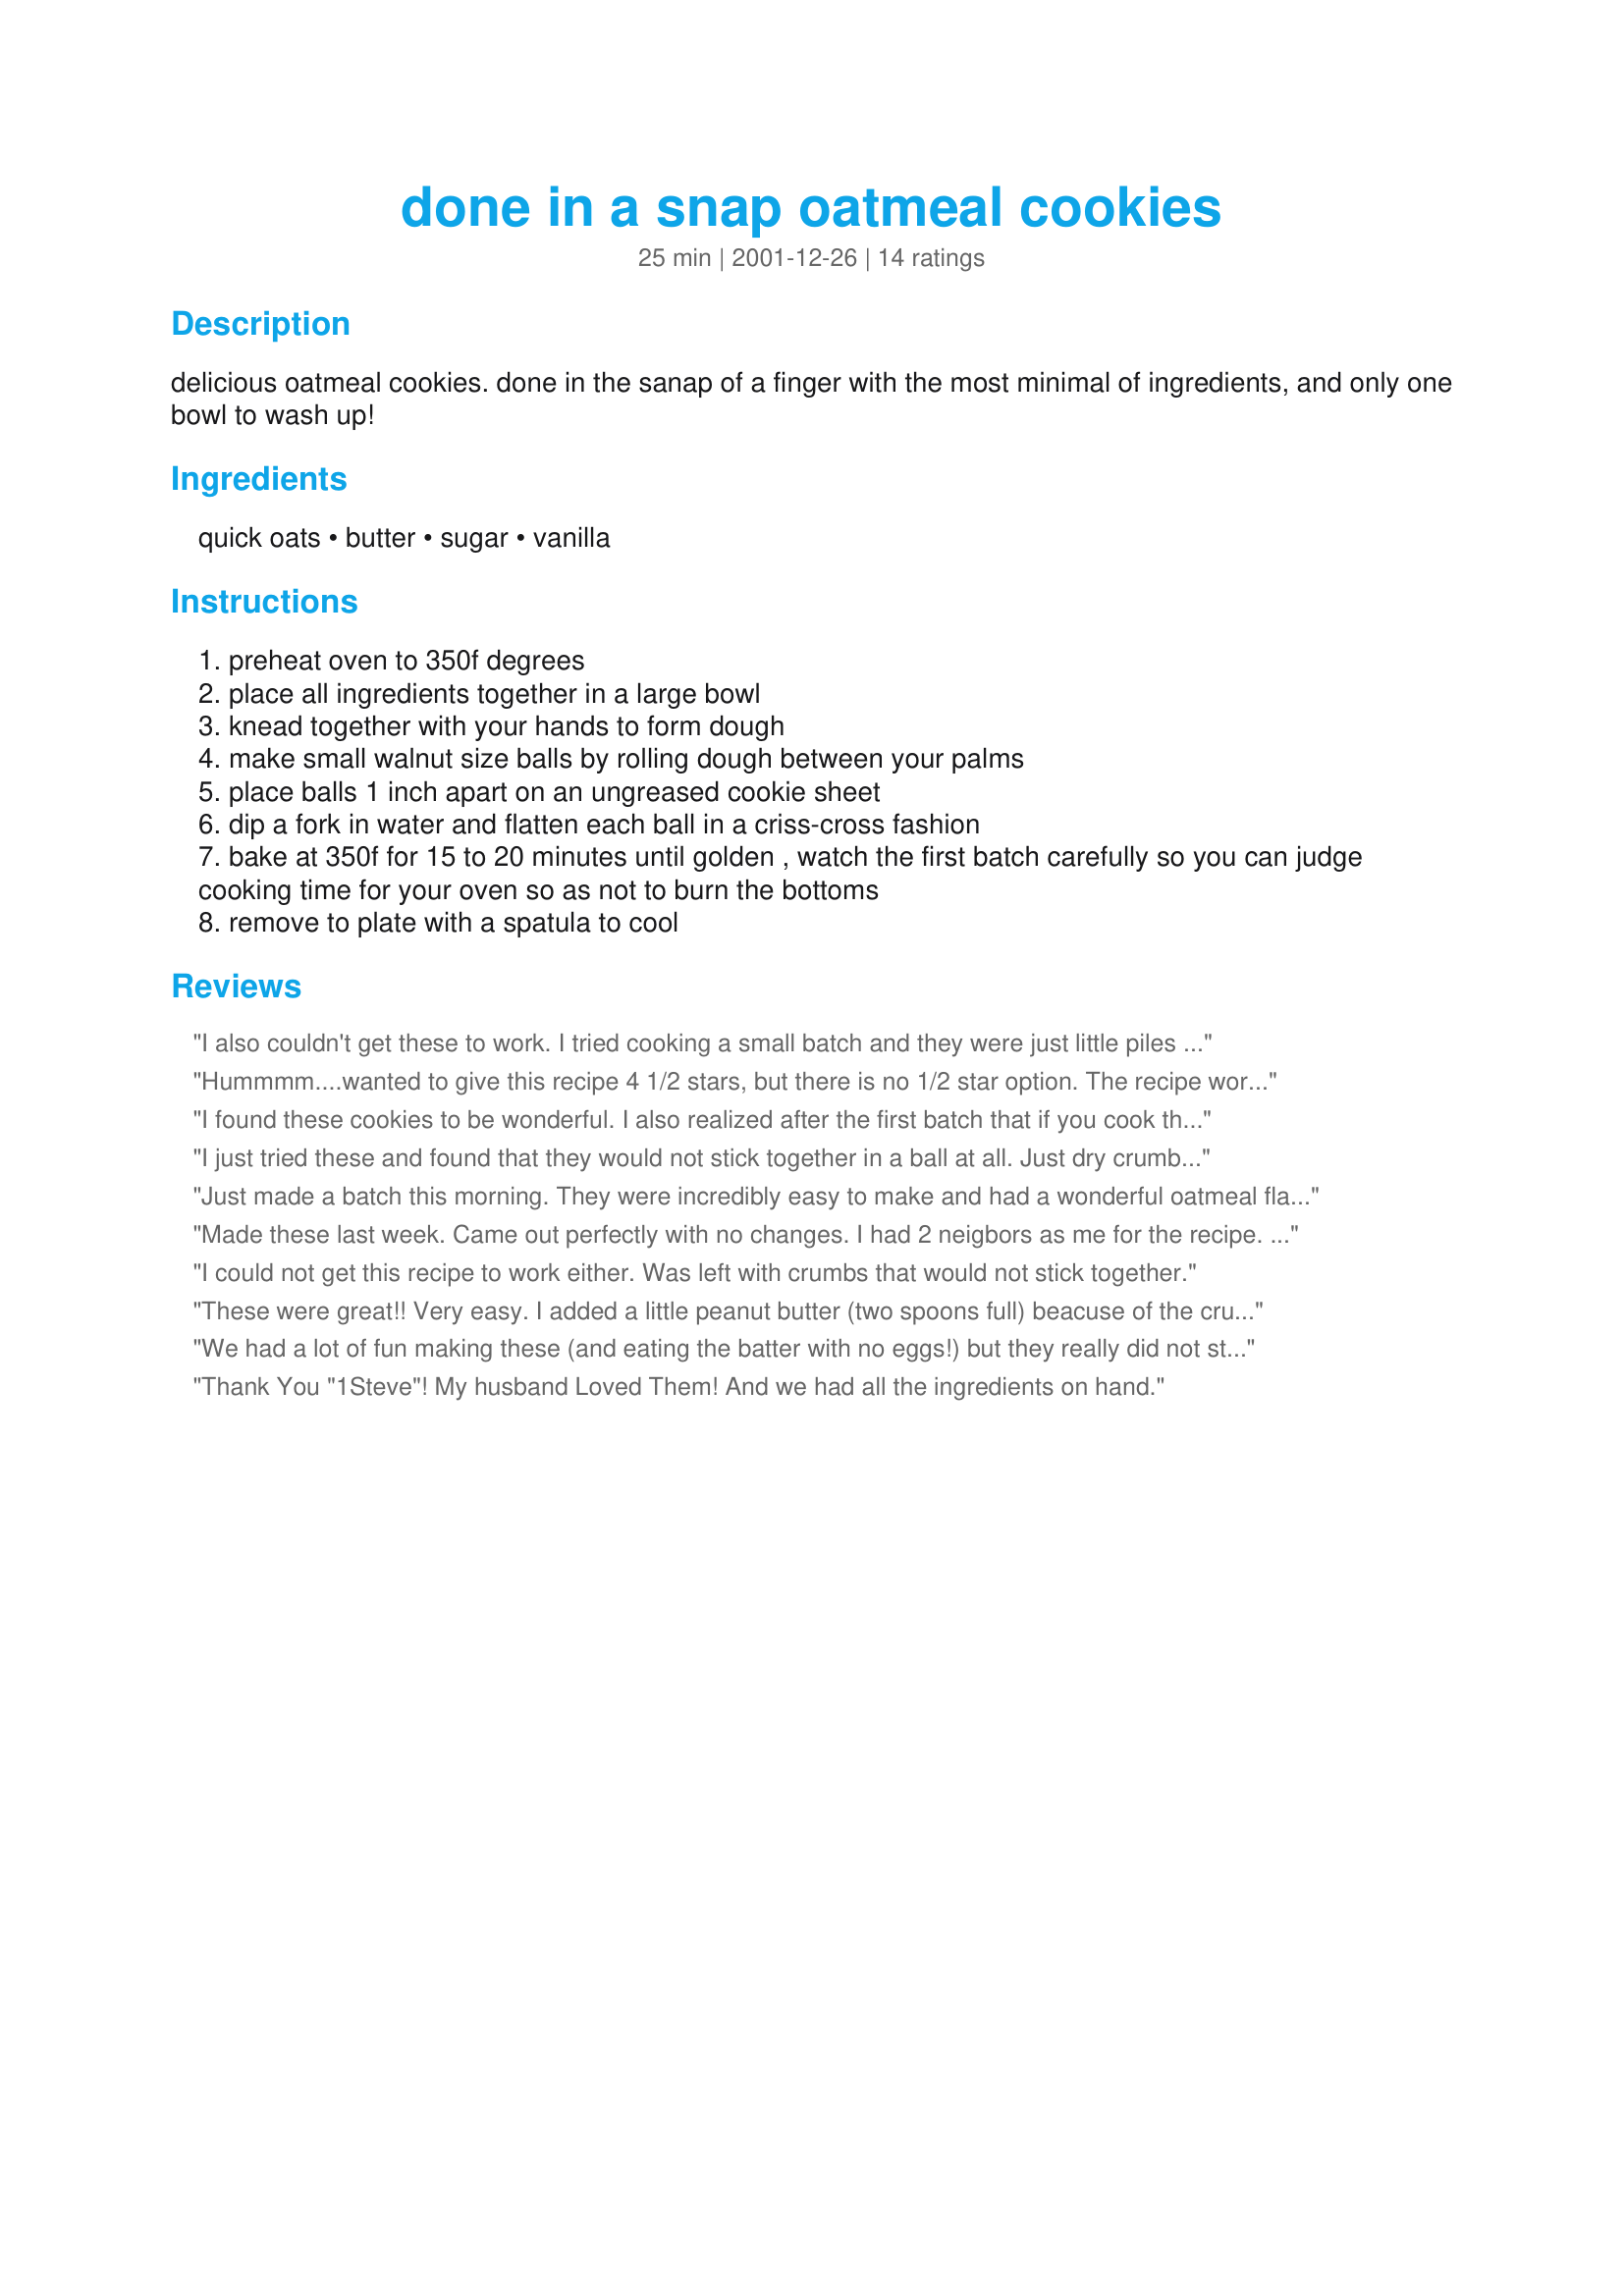
done in a snap oatmeal cookies
Preparation time: 25 minutes

delicious oatmeal cookies. done in the sanap of a finger with the most minimal of ingredients, and only one bowl to wash up!

Ingredients:
quick oats, butter, sugar, vanilla

Steps:
preheat oven to 350f degrees
place all ingredients together in a large bowl
knead together with your hands to form dough
make small walnut size balls by rolling dough between your palms
place balls 1 inch apart on an ungreased cookie sheet
dip a fork in water and flatten each ball in a criss-cross fashion
bake at 350f for 15 to 20 minutes until golden , watch the first batch carefully so you can judge cooking time for your oven so as not to burn the bottoms
remove to plate with a spatula to cool

Reviews:
I also couldn't get these to work. I tried cooking a small batch and they were just little piles of of dry looking mush on the cookie sheet. I played around with it a bit and turned them into oatmeal bars.
Hummmm....wanted to give this recipe 4 1/2 stars, but there is no 1/2 star option.
The recipe worked for me "as is." I used Quaker Quick (1 minute) Oats and Land O Lakes butter (cold from the fridge). My taste testers (DH & DS) preferred the addition of about 3/4 teaspoon of cinnamon and a pinch of nutmeg to the dough, for the flavor that they are accustomed to in an oatmeal cookie. This recipe produces a "crispier" cookie, as opposed to the chewy variety I usually make (which DH & DS prefer).
I found these cookies to be wonderful. I also realized after the first batch that if you cook them for two minutes less (13 mins. in my oven) and let them cool off for the two minutes on the cookie sheet they are easier to remove.
I just tried these and found that they would not stick together in a ball at all. Just dry crumbs. I had to add two cups flour, 3 eggs, 1 tsp baking powder, 1 tsp soda. It must depend on the brand of oatmeal used to make this recipe work!
Just made a batch this morning. They were incredibly easy to make and had a wonderful oatmeal flavour.
I will definetly make these again. This one is a keeper!
Made these last week. Came out perfectly with no changes. I had 2 neigbors as me for the recipe. One called this morning to say her kids loved them and enjoyed helping to make them. My guess is the one person who revied this that had a problem did something wrong some where as no one else seems to have had one.
I could not get this recipe to work either. Was left with crumbs that would not stick together.
These were great!! Very easy. I added a little peanut butter (two spoons full) beacuse of the crumb review and yumm yumm! I plan on making these again and again.
We had a lot of fun making these (and eating the batter with no eggs!) but they really did not stay together when they cooked. Very very crumbly even though I mixed and mixed and mixed. Enjoyed though we were mostly eating crumbs!
Thank You "1Steve"!
My husband Loved Them! 
And we had all the ingredients on hand.
Dear Steve, you will have seen my other comments, good basic recipe but I really think you have to use melted butter and a wooden spoon to mix. I made some in a rubber cup cake tray, pressed the mixture down real well, cooked them for 10 mins, didn't touch them tillcooled then took them out, really nice.
For the record the original recipe called for HO
 oatmeal. Mostly now I use Quaker oats as it is easier
 to find. It is a total puzzle to me why two people
 would have a problem with this recipe while most
 others have not. I can't even imagine ending up with
 just crumbs as for me the oats start to cling to the
 butter as soon as they are pored on top of the butter kind of like rolling
 something sticky in coconut. The butter is used cold not melted and the combination with the other ingredients should be like working with modeling clay. Anyway both brands are
 generically what would be called rolled oats. PS
 adding all those extra ingredients as suggested by
 one poster gave me a chuckle. That's not altering a
 recipe, it's making something different entirely:) if
 you want a clue as to how this recipe is supposed to
 work,think about how butter and graham cracker
 crumbs make the crust of a cheese cake.Same
 difference here. So if it's not sticking together add a
 bit more butter. This recipe was printed on the back
 of the HO oatmeal box durring the late 50's with the
 title "Ho's Best oatmeal cookies"
Lovely cookies, very easy to make! I took away one star from my rating because it was a little too sweet and took longer to bake (almost 1 hour). Next time I'll use 1/2 cup sugar insead of 3/4. Grinding the sugar helps a lot it making a more pliable dough. I made smaller "walnut-shaped balls" and ended up with around 5 dozen cookies! The vanilla adds an awesome flavour :)
I tried it and found it a failure! Does need an egg or something to hold it together. It turned out very fry & crumbly. I re-crumbled what I produced and made you recipe for oatmeal bars ( the one with chocolate and rasins. I adjusted the sugar and butter (1/2 cup instead of 1). It turned out very edible.
